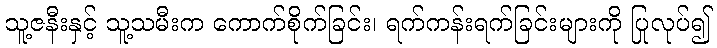
သူ့ဇနီးနှင့် သူ့သမီးက ကောက်စိုက်ခြင်း၊ ရက်ကန်းရက်ခြင်းများကို ပြုလုပ်၍